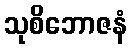
သုစိဘောဇနံ